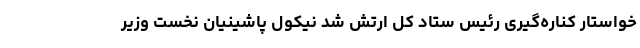
خواستار کناره‌گیری رئیس ستاد کل ارتش شد نیکول پاشینیان نخست وزیر